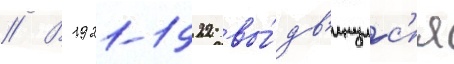
// В 1921-1922 вы́дв'инулс'я